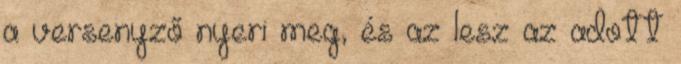
a versenyző nyeri meg, és az lesz az adott